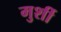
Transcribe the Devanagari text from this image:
मुर्शी